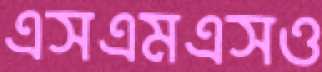
এসএমএসও